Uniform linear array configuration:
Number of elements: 48
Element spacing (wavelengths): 0.25
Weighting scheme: cosine
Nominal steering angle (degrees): -15
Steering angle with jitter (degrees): -16.982
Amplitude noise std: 0.05
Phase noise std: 0.05

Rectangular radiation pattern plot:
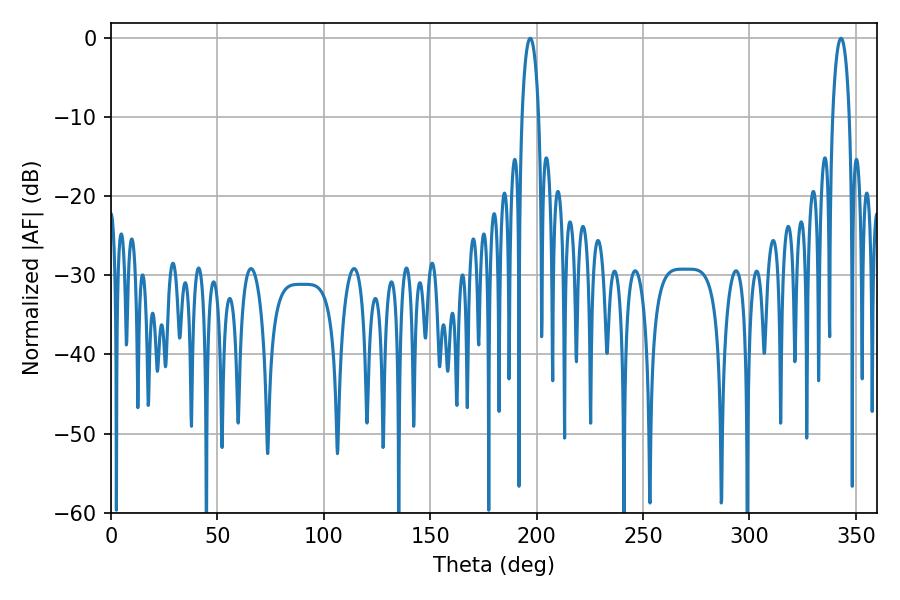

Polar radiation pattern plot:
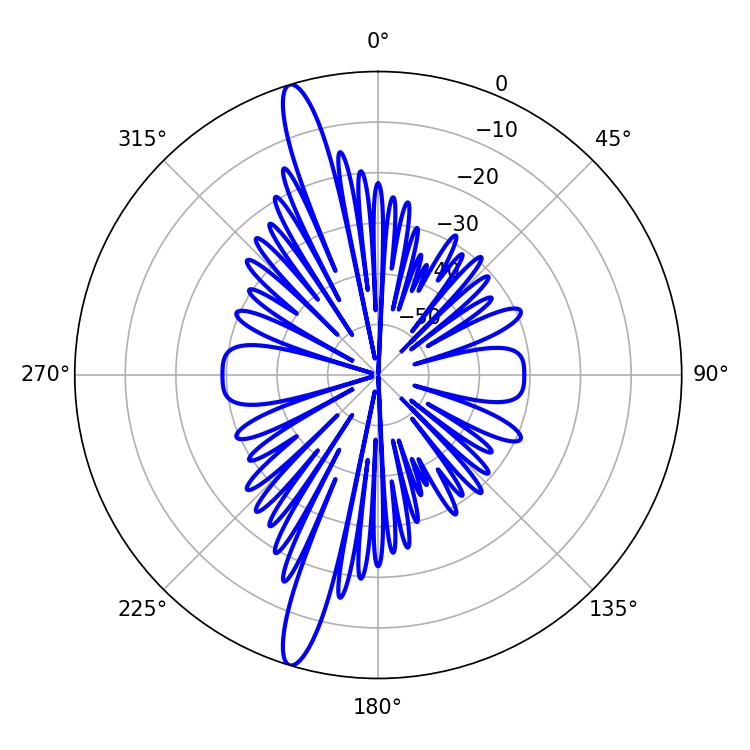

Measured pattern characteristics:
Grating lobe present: FALSE
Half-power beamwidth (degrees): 4.5
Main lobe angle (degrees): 196.92